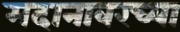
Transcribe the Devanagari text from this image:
मदानावरच्या